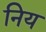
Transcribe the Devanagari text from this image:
निय